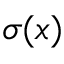
\sigma ( x )